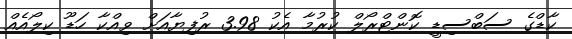
ކާޑްގެ ސަބްސިޑީ ކޮންޓްރޯލް ކުރުމާ އެކު 3.98 ރުފިޔާއަށް ވިއްކާ ހަޑޫ ކިލޯއެއް